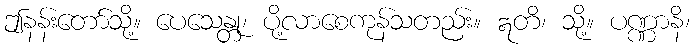
ဤနန်းတော်သို့။ ပေသေန္တု၊ ပို့လာစေကုန်သတည်း။ ဣတိ၊ သို့။ ပဏ္ဏာနိ၊